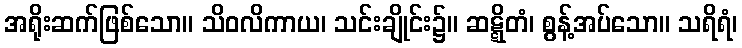
အရိုးဆက်ဖြစ်သော။ သိဝလိကာယ၊ သင်းချိုင်း၌။ ဆဋ္ဋိတံ၊ စွန့်အပ်သော။ သရိရံ၊